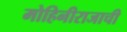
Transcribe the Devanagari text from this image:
मोहिनीराजाची